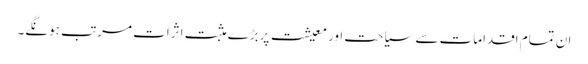
ان تمام اقدامات سے سیاحت اور معیشت پربڑے مثبت اثرات مرتب ہونگے۔